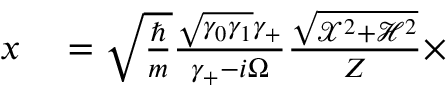
\begin{array} { r l } { x } & { { } = \sqrt { \frac { \hbar } { m } } \frac { \sqrt { \gamma _ { 0 } \gamma _ { 1 } } \gamma _ { + } } { \gamma _ { + } - i \Omega } \frac { \sqrt { \mathcal { X } ^ { 2 } + \mathcal { H } ^ { 2 } } } { Z } \times } \end{array}